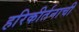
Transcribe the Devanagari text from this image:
हरिकीर्तनाची